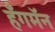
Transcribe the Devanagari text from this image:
हँगमॅन